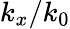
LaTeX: k_{x}/k_{0}